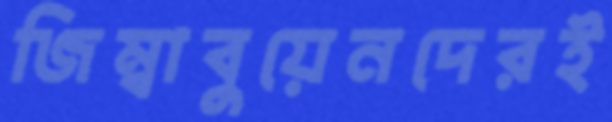
জিম্বাবুয়েনদেরই